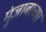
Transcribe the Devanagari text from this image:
मुंजाबाच्या